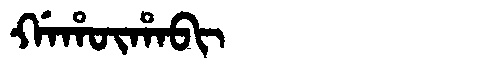
Manchu: ᡤᠠᡥᡡᡥᠠᠪᡳ
Romanization: GAHŪHABI